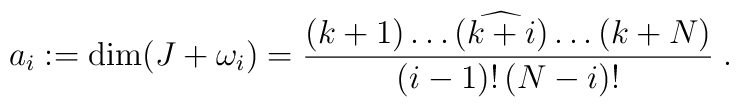
a_i:=\dim(J+\omega_i)=\frac{(k+1)\dots(\widehat{k+i})\dots(k+N)}{(i-1)!\,(N-i)!}\;.